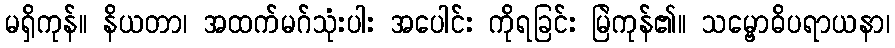
မရှိကုန်။ နိယတာ၊ အထက်မဂ်သုံးပါး အပေါင်း ကိုရခြင်း မြဲကုန်၏။ သမ္ဗောဓိပရာယနာ၊